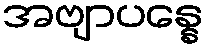
အဗျာပန္နေ